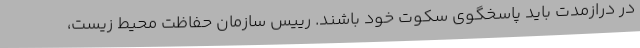
در درازمدت باید پاسخگوی سکوت خود باشند. رییس سازمان حفاظت محیط زیست،